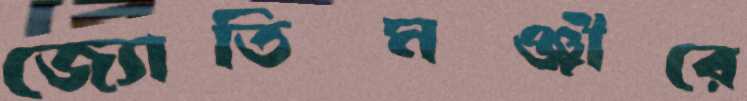
জ্যোতিমঞ্জীরে